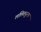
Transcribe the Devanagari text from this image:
ललितपुरमा